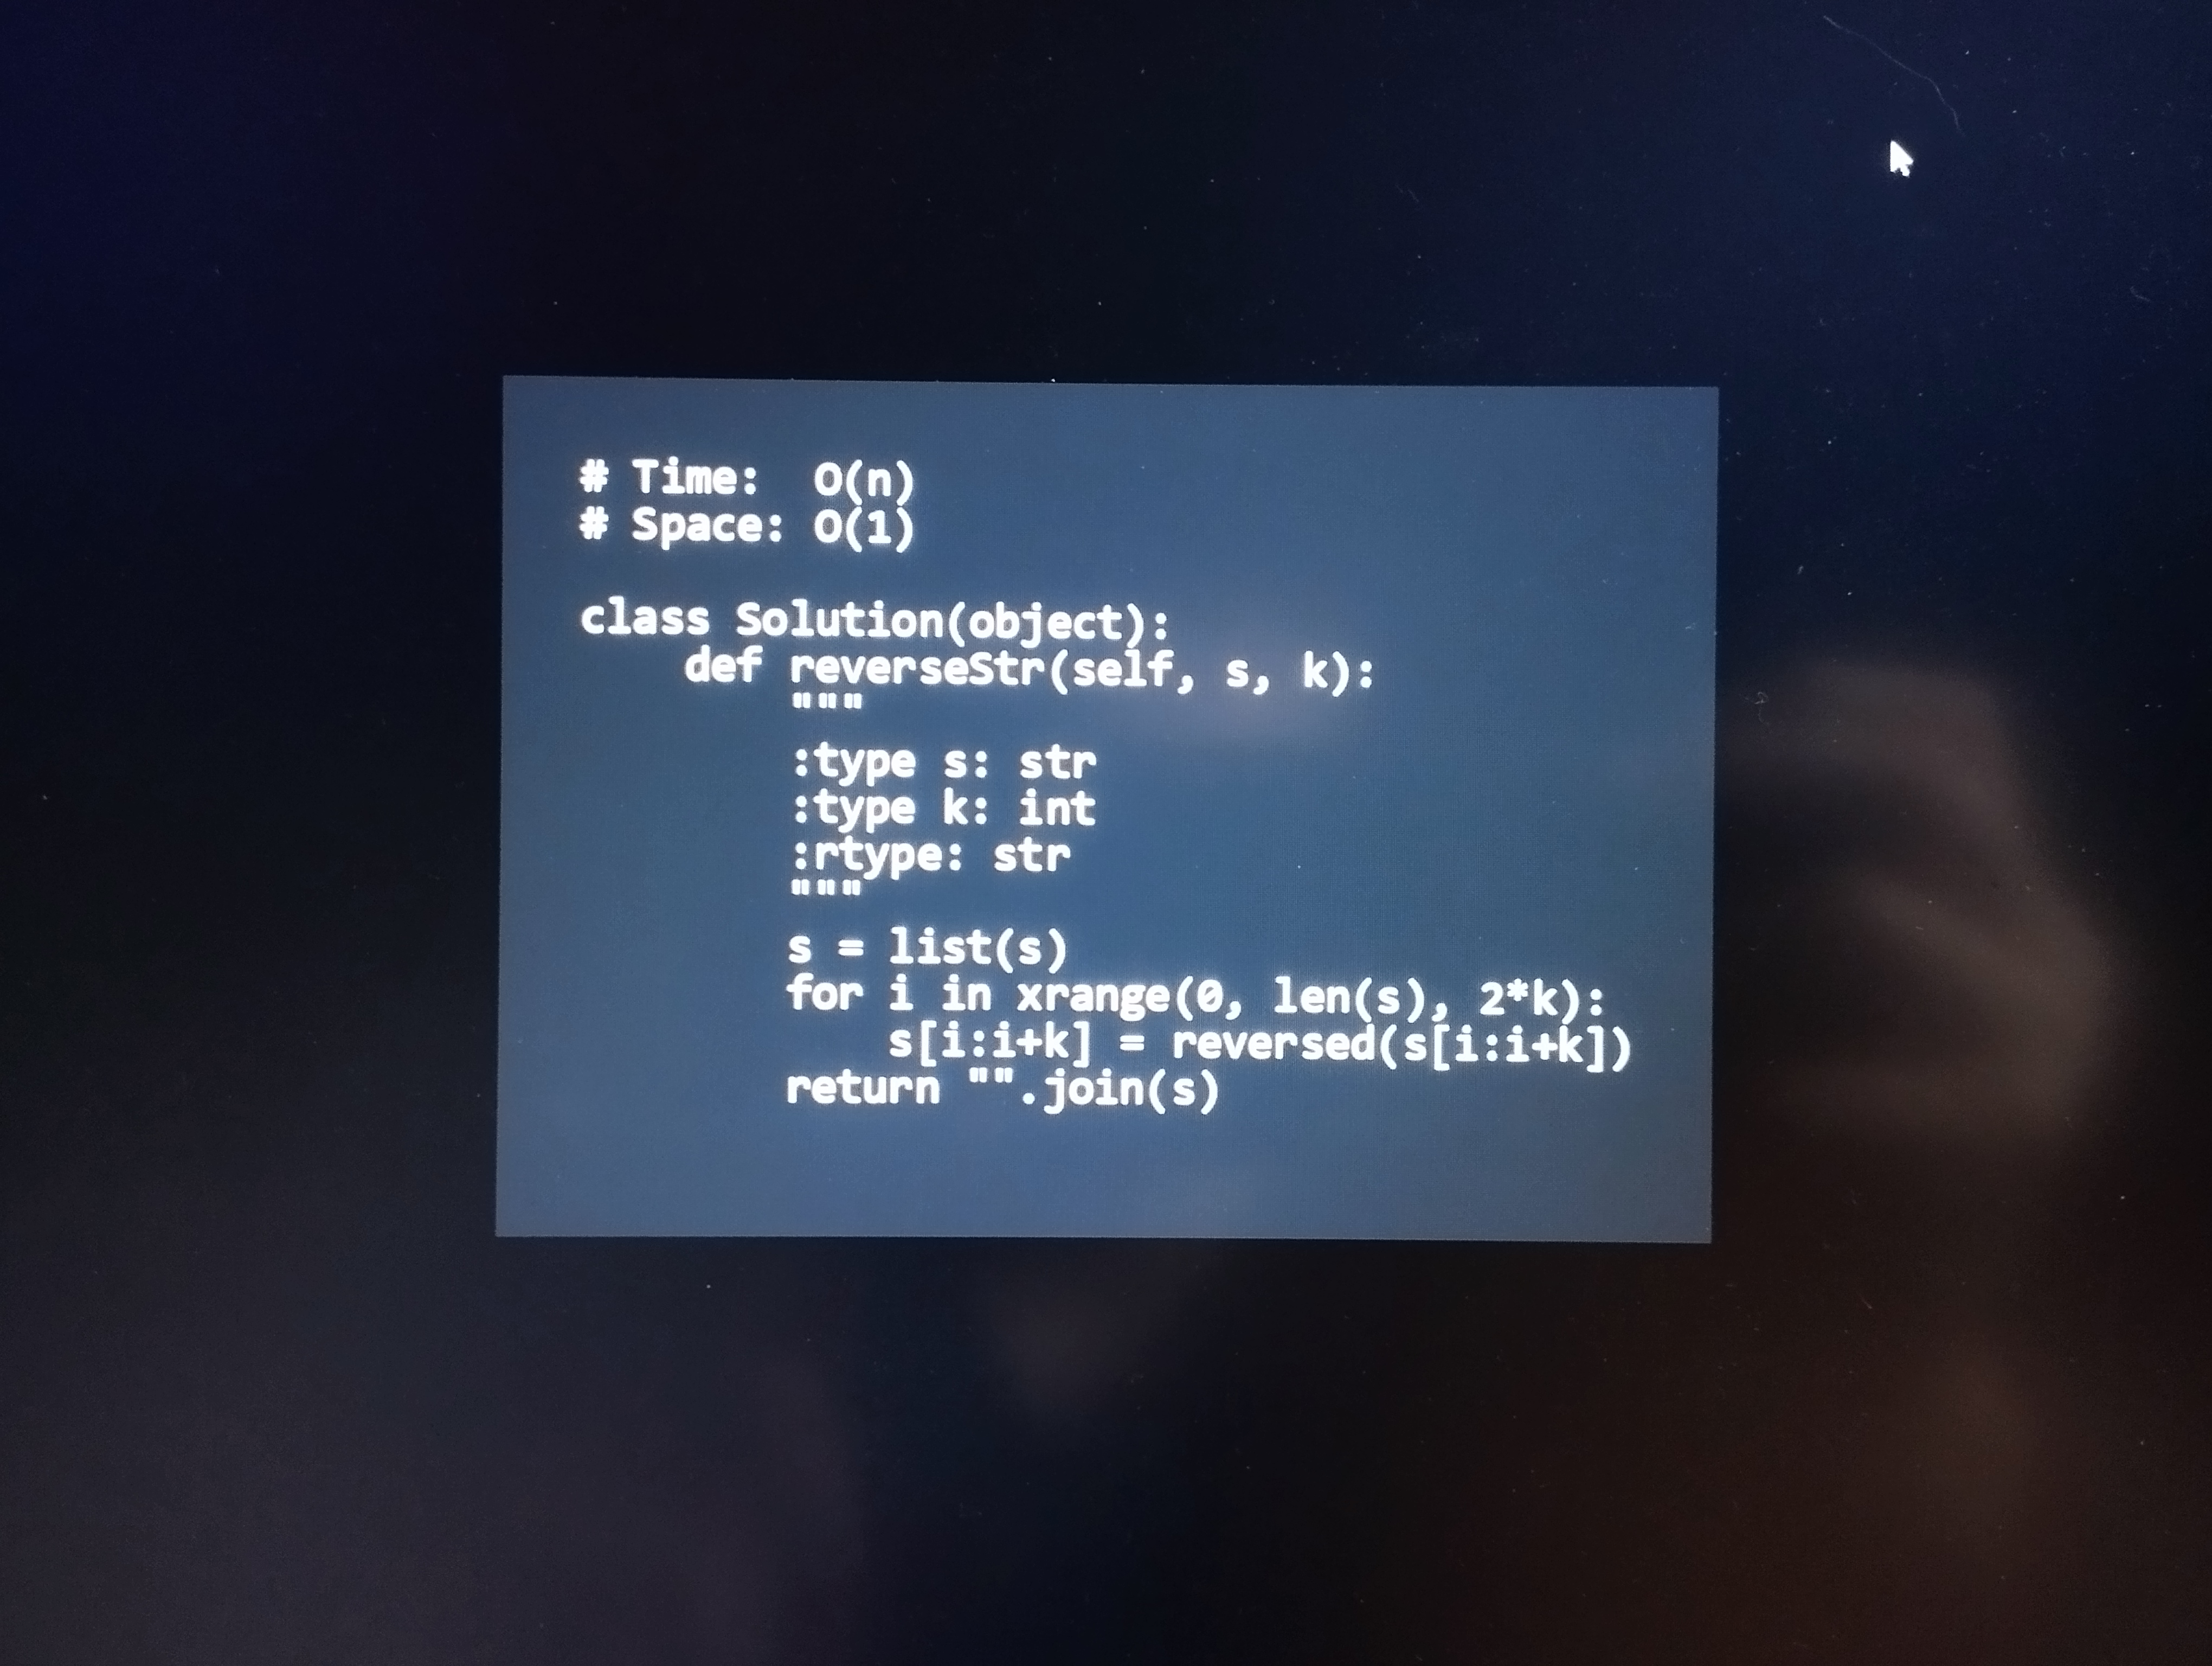
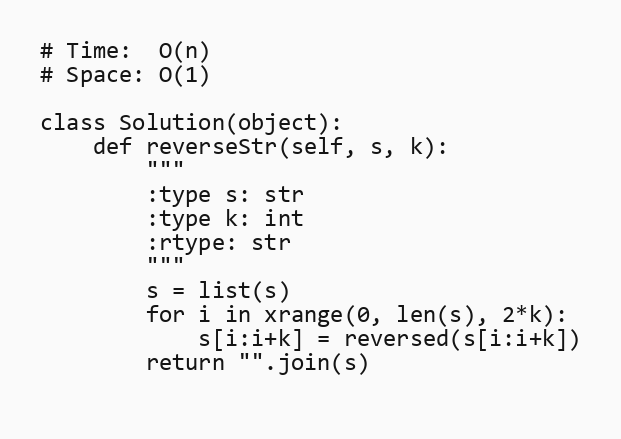
# Time:  O(n)
# Space: O(1)

class Solution(object):
    def reverseStr(self, s, k):
        """
        :type s: str
        :type k: int
        :rtype: str
        """
        s = list(s)
        for i in xrange(0, len(s), 2*k):
            s[i:i+k] = reversed(s[i:i+k])
        return "".join(s)